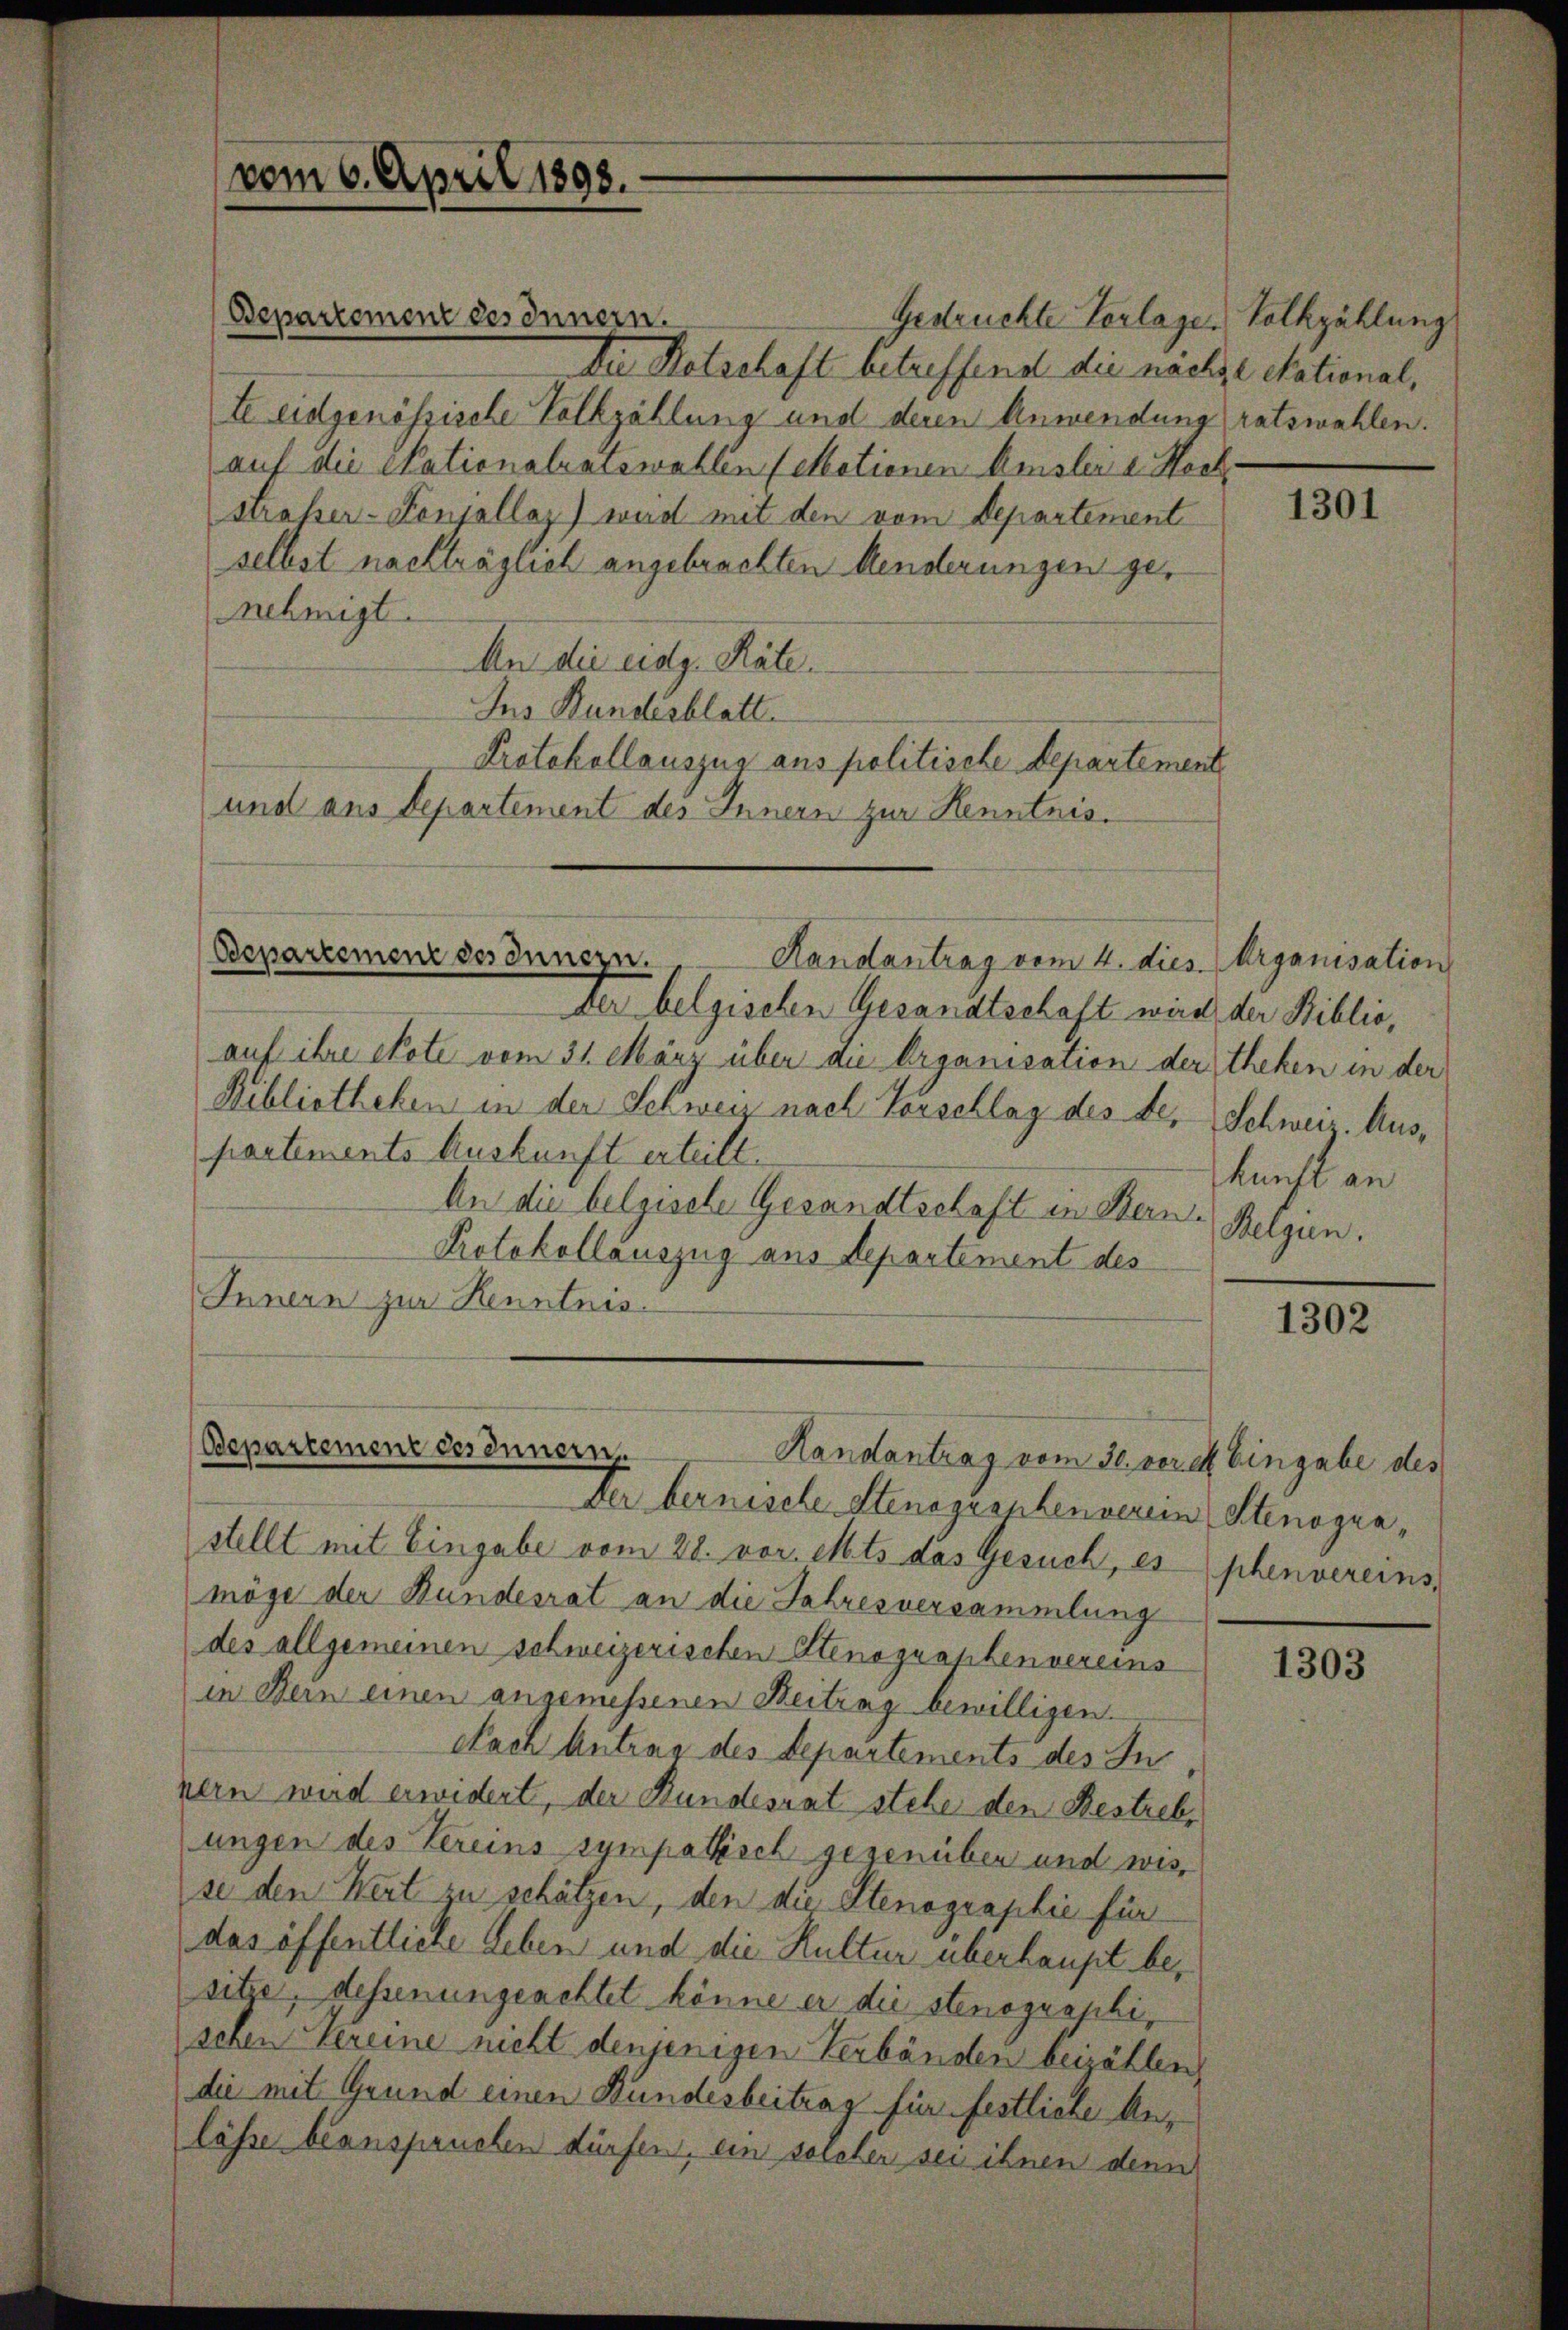
vom 6. April 1898.

Gedrückte Verlagen Volkzählung
Die Kotschaft betreffend die nächse etationalte eidgenössische Volkzählung und deren Anwendung ratswahlen.
auf die Nationalratswahlen (Motionen Amslei u. Hoch
strasser-Konjellaz) wird mit den vom Departement
selbst nachträglich angebrachten Menderungen genehmigt.
An die eidg. Räte.
Ins Bundesblatt
Protokollauszug aus politische Departement
und aus Departement des Innern zur Henntnis¬

Departement des Innern.

Handantrag vom 4. dies. Arganisation
Der belgischen Gesandtschaft wird der Biblioauf ihre tote vom 31. März über die Organisation der theken in der
Bibliotheken in der Schweiz nach Vorschlag des bepartements Auskunft erteilt.
An die belgische Gesandtschaft in Bern. Belgen.
Protokollauszug aus Departement des
Innern zur Kenntnis.

Bepartement des Innern.

Der bernische Stenographenverein Stenograstellt mit Eingabe vom 28. vor. Mts. das Gesuch, es phenvereins,
möge der Bundesrat an die Jahresversammlung
des allgemeinen schweizerischen Stenographenvereins
in Dein einen angemessenen Beitrag bewilligen.
Nach Antrag des Departements des In
nern wird erwidert, der Bundesrat stehe den Bestrebe
ungen des Vereins sympathisch gegenüben und wis
se den Wert zu schätzen, den die Stenographie für
das öffentliche Leben und die Kultur überhaupt besitze, dessenungeachtet könne er die stenographi,
schen Vereine nicht denjenigen Verbänden beizählen,
die mit Grund einen Bundesbeitrag für festliche Anlösse beanspruchen dürfen, ein solcher sei ihnen denn

Bepartement des Innern
Handantrag vom 30. vere Eingabe des

1301

Schweiz. Auskunft an

1302

1303